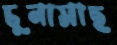
চুনামাছ